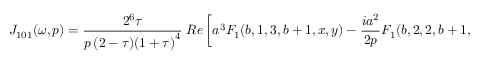
{ \cal J } _ { 1 0 1 } ( \omega , p ) = \frac { 2 ^ { 6 } \tau } { p \, ( 2 - \tau ) { ( 1 + \tau ) } ^ { 4 } } \; R e \left[ a ^ { 3 } F _ { 1 } ( b , 1 , 3 , b + 1 , x , y ) - \frac { i a ^ { 2 } } { 2 p } F _ { 1 } ( b , 2 , 2 , b + 1 , x , y ) \right] ,